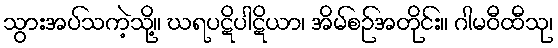
သွားအပ်သကဲ့သို့။ ဃရပဋိပါဋိယာ၊ အိမ်စဉ်အတိုင်း။ ဂါမဝီထီသု၊